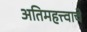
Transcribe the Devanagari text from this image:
अतिमहत्त्वाचे